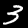
Label: 3